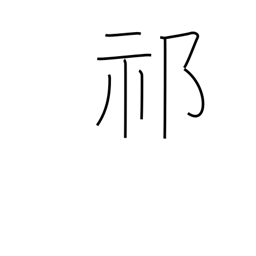
Meaning: intense